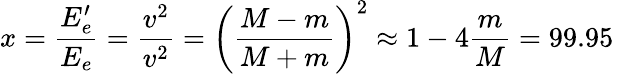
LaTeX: x=\frac{E_{e}^{\prime}}{E_{e}}=\frac{v^{2}}{v^{2}}=\left(\frac{M-m}{M+m}\right)^{2}\approx 1-4\frac{m}{M}=99.95\, \